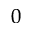
_ 0